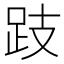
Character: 跂